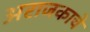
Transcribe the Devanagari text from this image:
अराजकाचे